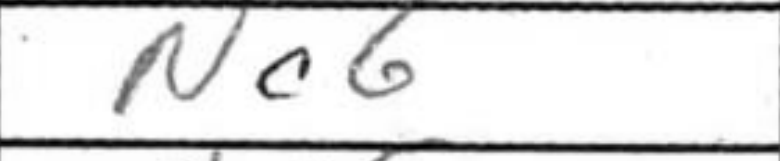
Transcription: Nc6